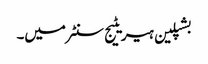
بشپلین ہیریٹیج سنٹر میں۔